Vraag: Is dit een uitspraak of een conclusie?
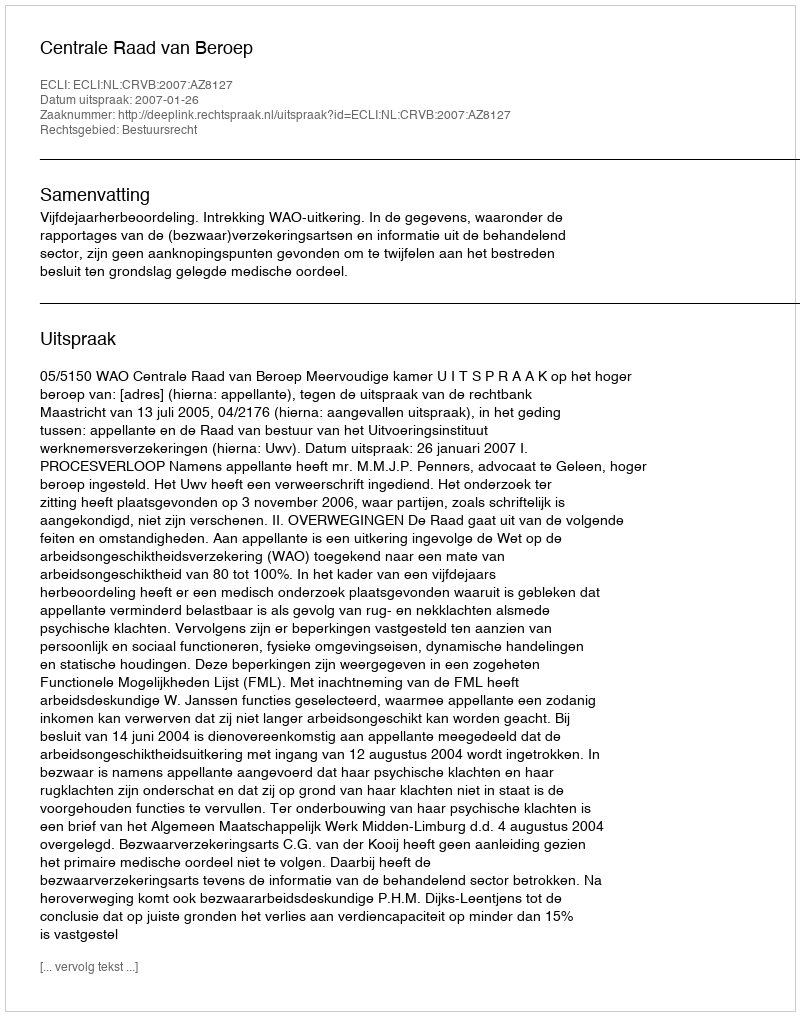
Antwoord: Uitspraak